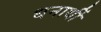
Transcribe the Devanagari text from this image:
धनार्थी